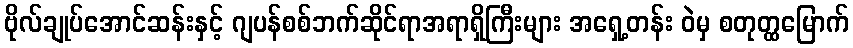
ဗိုလ်ချုပ်အောင်ဆန်းနှင့် ဂျပန်စစ်ဘက်ဆိုင်ရာအရာရှိကြီးများ အရှေ့တန်း ဝဲမှ စတုတ္ထမြောက်